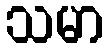
သမာ